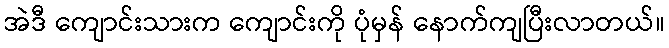
အဲဒီ ကျောင်းသားက ကျောင်းကို ပုံမှန် နောက်ကျပြီးလာတယ်။